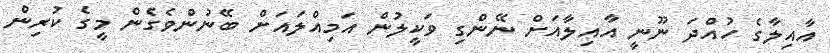
އާއިލާގެ ހުއްދަ ނޫނީ އާއިލާއަށް ނޭންގި ވަކީލުން އަމިއްލައަށް ބޭނުންވެގެން މީގެ ކުރިން